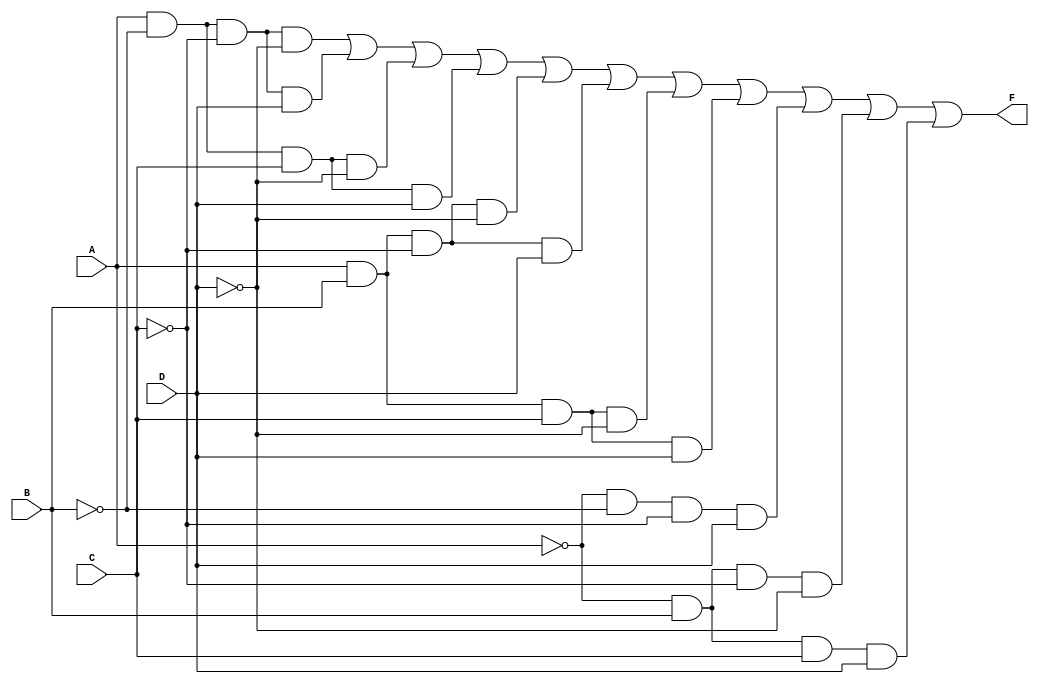
module four_variable_kmap (
    input wire A,  // Input variable A
    input wire B,  // Input variable B
    input wire C,  // Input variable C
    input wire D,  // Input variable D
    output wire F  // Output function F
);

// Combinational logic to implement the K-map
assign F = (A & ~B & ~C & ~D) |  // Cell (00, 00)
           (A & ~B & ~C &  D) |  // Cell (00, 01)
           (A & ~B &  C & ~D) |  // Cell (00, 10)
           (A & ~B &  C &  D) |  // Cell (00, 11)
           (A &  B & ~C & ~D) |  // Cell (01, 00)
           (A &  B & ~C &  D) |  // Cell (01, 01)
           (A &  B &  C & ~D) |  // Cell (01, 10)
           (A &  B &  C &  D) |  // Cell (01, 11)
           (~A & ~B & ~C &  D) | // Cell (10, 01)
           (~A &  B & ~C & ~D) | // Cell (11, 00)
           (~A &  B &  C &  D);  // Cell (11, 11)

endmodule